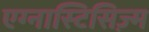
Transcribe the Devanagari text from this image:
एग्नास्टिसिज़्म